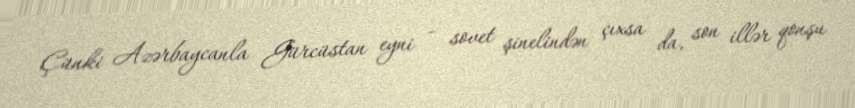
Çünki Azərbaycanla Gürcüstan eyni – sovet şinelindən çıxsa da, son illər qonşu